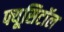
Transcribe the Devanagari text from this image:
फ्यूसिटॉल